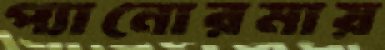
প্যানোরমায়